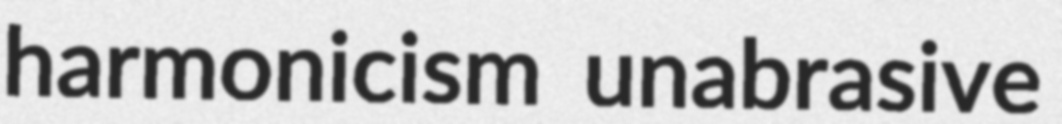
harmonicism unabrasive